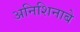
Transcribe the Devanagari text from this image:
अनिशिनाबे